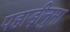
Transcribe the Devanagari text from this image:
पहाड़ीनुमा